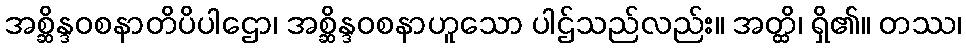
အစ္ဆိန္ဒဝစနာတိပိပါဌော၊ အစ္ဆိန္ဒဝစနာဟူသော ပါဌ်သည်လည်း။ အတ္ထိ၊ ရှိ၏။ တဿ၊